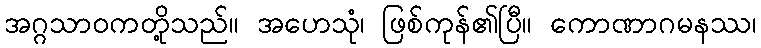
အဂ္ဂသာဝကတို့သည်။ အဟေသုံ၊ ဖြစ်ကုန်၏ပြီ။ ကောဏာဂမနဿ၊